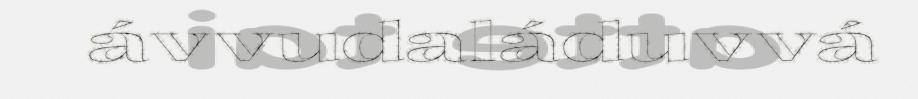
ávvudaláduvvá